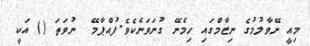
މިއީ ނޭވާލުމުގެ ނިޒާމްގައި ހިމެނޭ ގުނަވަނެކެވެ.ފުއްޕާމޭ  ނުވަތަ () އަކީ